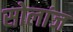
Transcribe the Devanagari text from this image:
सोलांज